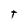
Character: T